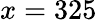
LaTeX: x=325